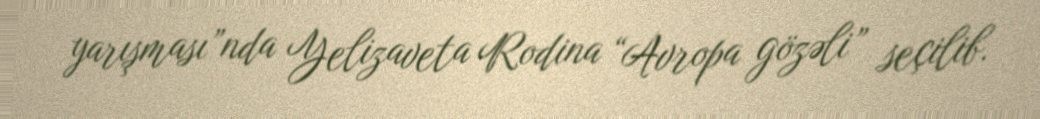
yarışması”nda Yelizaveta Rodina “Avropa gözəli” seçilib.